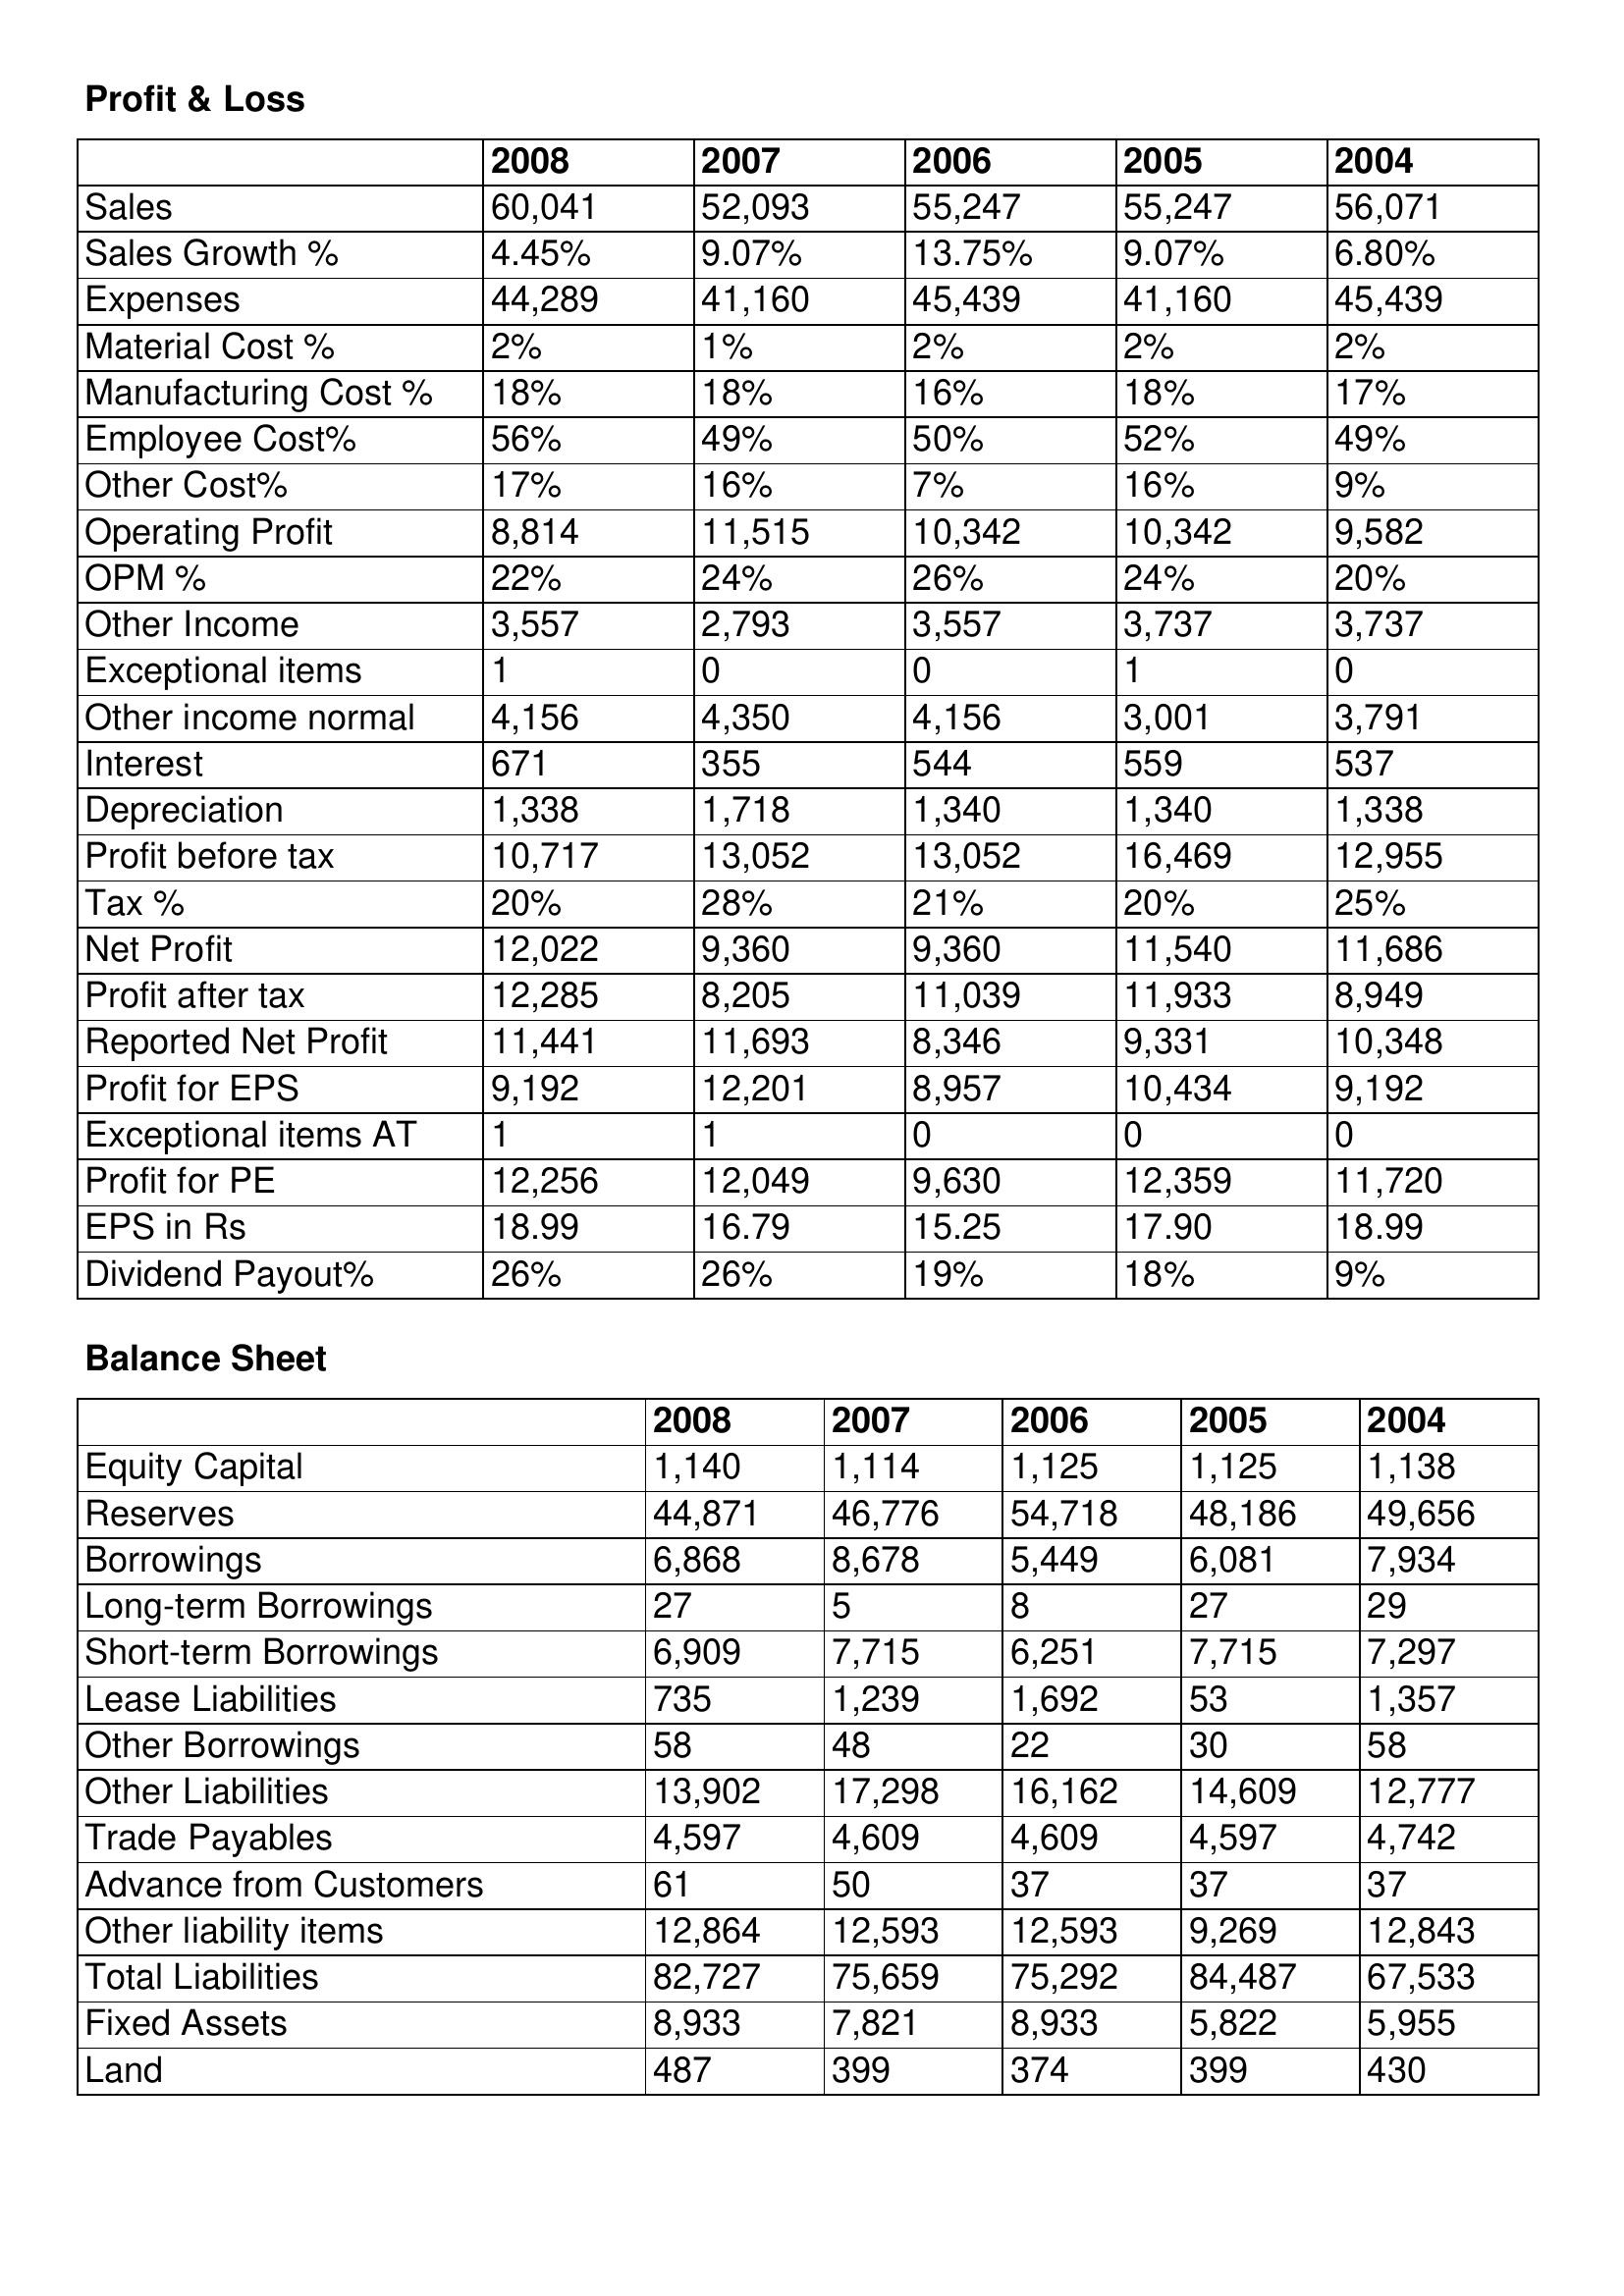
gt_parse: 2008: Profit & Loss: Sales: 60,041
Sales Growth %: 4.45%
Expenses: 44,289
Material Cost %: 2%
Manufacturing Cost %: 18%
Employee Cost%: 56%
Other Cost%: 17%
Operating Profit: 8,814
OPM %: 22%
Other Income: 3,557
Exceptional items: 1
Other income normal: 4,156
Interest: 671
Depreciation: 1,338
Profit before tax: 10,717
Tax %: 20%
Net Profit: 12,022
Profit after tax: 12,285
Reported Net Profit: 11,441
Profit for EPS: 9,192
Exceptional items AT: 1
Profit for PE: 12,256
EPS in Rs: 18.99
Dividend Payout%: 26%
Balance Sheet: Equity Capital: 1,140
Reserves: 44,871
Borrowings: 6,868
Long-term Borrowings: 27
Short-term Borrowings: 6,909
Lease Liabilities: 735
Other Borrowings: 58
Other Liabilities: 13,902
Trade Payables: 4,597
Advance from Customers: 61
Other liability items: 12,864
Total Liabilities: 82,727
Fixed Assets: 8,933
Land: 487
2007: Profit & Loss: Sales: 52,093
Sales Growth %: 9.07%
Expenses: 41,160
Material Cost %: 1%
Manufacturing Cost %: 18%
Employee Cost%: 49%
Other Cost%: 16%
Operating Profit: 11,515
OPM %: 24%
Other Income: 2,793
Exceptional items: 0
Other income normal: 4,350
Interest: 355
Depreciation: 1,718
Profit before tax: 13,052
Tax %: 28%
Net Profit: 9,360
Profit after tax: 8,205
Reported Net Profit: 11,693
Profit for EPS: 12,201
Exceptional items AT: 1
Profit for PE: 12,049
EPS in Rs: 16.79
Dividend Payout%: 26%
Balance Sheet: Equity Capital: 1,114
Reserves: 46,776
Borrowings: 8,678
Long-term Borrowings: 5
Short-term Borrowings: 7,715
Lease Liabilities: 1,239
Other Borrowings: 48
Other Liabilities: 17,298
Trade Payables: 4,609
Advance from Customers: 50
Other liability items: 12,593
Total Liabilities: 75,659
Fixed Assets: 7,821
Land: 399
2006: Profit & Loss: Sales: 55,247
Sales Growth %: 13.75%
Expenses: 45,439
Material Cost %: 2%
Manufacturing Cost %: 16%
Employee Cost%: 50%
Other Cost%: 7%
Operating Profit: 10,342
OPM %: 26%
Other Income: 3,557
Exceptional items: 0
Other income normal: 4,156
Interest: 544
Depreciation: 1,340
Profit before tax: 13,052
Tax %: 21%
Net Profit: 9,360
Profit after tax: 11,039
Reported Net Profit: 8,346
Profit for EPS: 8,957
Exceptional items AT: 0
Profit for PE: 9,630
EPS in Rs: 15.25
Dividend Payout%: 19%
Balance Sheet: Equity Capital: 1,125
Reserves: 54,718
Borrowings: 5,449
Long-term Borrowings: 8
Short-term Borrowings: 6,251
Lease Liabilities: 1,692
Other Borrowings: 22
Other Liabilities: 16,162
Trade Payables: 4,609
Advance from Customers: 37
Other liability items: 12,593
Total Liabilities: 75,292
Fixed Assets: 8,933
Land: 374
2005: Profit & Loss: Sales: 55,247
Sales Growth %: 9.07%
Expenses: 41,160
Material Cost %: 2%
Manufacturing Cost %: 18%
Employee Cost%: 52%
Other Cost%: 16%
Operating Profit: 10,342
OPM %: 24%
Other Income: 3,737
Exceptional items: 1
Other income normal: 3,001
Interest: 559
Depreciation: 1,340
Profit before tax: 16,469
Tax %: 20%
Net Profit: 11,540
Profit after tax: 11,933
Reported Net Profit: 9,331
Profit for EPS: 10,434
Exceptional items AT: 0
Profit for PE: 12,359
EPS in Rs: 17.90
Dividend Payout%: 18%
Balance Sheet: Equity Capital: 1,125
Reserves: 48,186
Borrowings: 6,081
Long-term Borrowings: 27
Short-term Borrowings: 7,715
Lease Liabilities: 53
Other Borrowings: 30
Other Liabilities: 14,609
Trade Payables: 4,597
Advance from Customers: 37
Other liability items: 9,269
Total Liabilities: 84,487
Fixed Assets: 5,822
Land: 399
2004: Profit & Loss: Sales: 56,071
Sales Growth %: 6.80%
Expenses: 45,439
Material Cost %: 2%
Manufacturing Cost %: 17%
Employee Cost%: 49%
Other Cost%: 9%
Operating Profit: 9,582
OPM %: 20%
Other Income: 3,737
Exceptional items: 0
Other income normal: 3,791
Interest: 537
Depreciation: 1,338
Profit before tax: 12,955
Tax %: 25%
Net Profit: 11,686
Profit after tax: 8,949
Reported Net Profit: 10,348
Profit for EPS: 9,192
Exceptional items AT: 0
Profit for PE: 11,720
EPS in Rs: 18.99
Dividend Payout%: 9%
Balance Sheet: Equity Capital: 1,138
Reserves: 49,656
Borrowings: 7,934
Long-term Borrowings: 29
Short-term Borrowings: 7,297
Lease Liabilities: 1,357
Other Borrowings: 58
Other Liabilities: 12,777
Trade Payables: 4,742
Advance from Customers: 37
Other liability items: 12,843
Total Liabilities: 67,533
Fixed Assets: 5,955
Land: 430